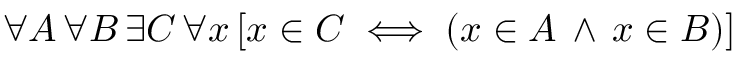
\forall A \, \forall B \, \exists C \, \forall x \, [ x \in C \iff ( x \in A \, \land \, x \in B ) ]